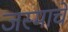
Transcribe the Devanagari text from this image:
जस्माचे